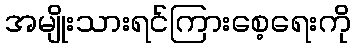
အမျိုးသားရင်ကြားစေ့ရေးကို